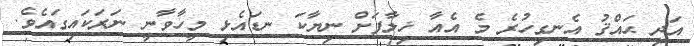
އަދި ޙައްޤު އެނގިހުރެ މެ އެއާ ޚިލާފަށް ނިޔާކަ ނޑައެޅި މީހާވާނީ ނަރަކައިގައެވެ.